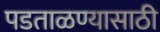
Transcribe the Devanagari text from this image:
पडताळण्यासाठी